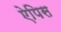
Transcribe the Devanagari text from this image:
ऐपिस